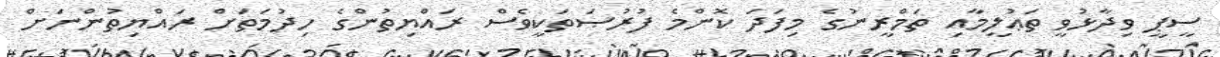
ސީޕީ ވިދާޅުވީ ތަޢުލީމާއި ތަމްރީނުގެ މިފަދަ ކޮންމެ ފުރުޞަތަކީވެސް ރައްޔިތުންގެ ހިދުމަތަށް ރައްޔިތުންނަށް